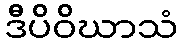
ဒီပိဝိဃာသံ